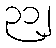
၃၁၂